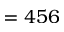
= 4 5 6